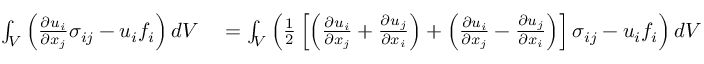
\begin{array} { r l } { \int _ { V } \left( { \frac { \partial u _ { i } } { \partial x _ { j } } } \sigma _ { i j } - u _ { i } f _ { i } \right) d V } & { { } = \int _ { V } \left( { \frac { 1 } { 2 } } \left[ \left( { \frac { \partial u _ { i } } { \partial x _ { j } } } + { \frac { \partial u _ { j } } { \partial x _ { i } } } \right) + \left( { \frac { \partial u _ { i } } { \partial x _ { j } } } - { \frac { \partial u _ { j } } { \partial x _ { i } } } \right) \right] \sigma _ { i j } - u _ { i } f _ { i } \right) d V } \end{array}